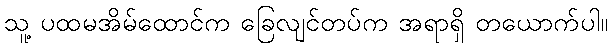
သူ့ ပထမအိမ်ထောင်က ခြေလျင်တပ်က အရာရှိ တယောက်ပါ။